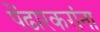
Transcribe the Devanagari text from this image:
पेंढारकरांना